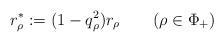
LaTeX: \begin{align*}r_\rho^* := (1-q_\rho^{2}) r_\rho \qquad(\rho\in\Phi_+)\end{align*}